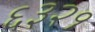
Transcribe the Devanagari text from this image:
६३२१